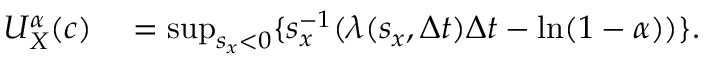
\begin{array} { r l } { U _ { X } ^ { \alpha } ( c ) } & { { } = \operatorname* { s u p } _ { s _ { x } < 0 } \{ s _ { x } ^ { - 1 } ( \lambda ( s _ { x } , \Delta t ) \Delta t - \ln ( 1 - \alpha ) ) \} . } \end{array}